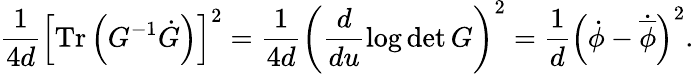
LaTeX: \frac{1}{4d}\left[\mathrm{Tr}\left(G^{-1}\dot{G}\right)\right]^{2}=\frac{1}{4d}\left(\frac{d}{du}{\log\operatorname*{det}G}\right)^{2}=\frac{1}{d}\left(\dot{\phi}-\dot{\overline{{{\phi}}}}\right)^{2}.